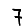
Digit: 7